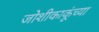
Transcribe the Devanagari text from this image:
जोशीकाकूंच्या